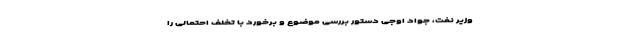
وزیر نفت، جواد اوجی دستور بررسی موضوع و برخورد با تخلف احتمالی را